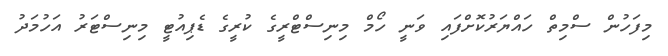
މިފަހުން ސްމިތް ހައްޔަރުކޮށްފައި ވަނީ ހޯމް މިނިސްޓްރީގެ ކުރީގެ ޑެޕިއުޓީ މިނިސްޓަރު އަހުމަދު